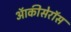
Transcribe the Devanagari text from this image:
ऑकीसेरॉस